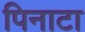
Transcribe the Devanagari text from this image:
पिनाटा